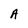
Character: A